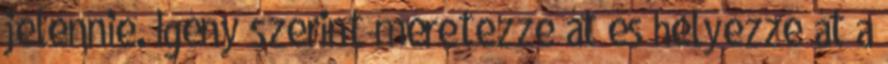
jelennie. Igény szerint méretezze át és helyezze át a